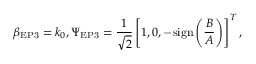
\beta _ { \mathrm { E P 3 } } = k _ { 0 } , \Psi _ { \mathrm { E P 3 } } = \frac { 1 } { \sqrt { 2 } } \left[ 1 , 0 , - \mathrm { s i g n } \left( \frac { B } { A } \right) \right] ^ { T } ,